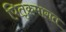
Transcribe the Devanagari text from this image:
पितृक्रमागत